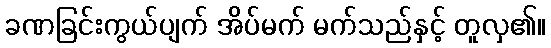
ခဏခြင်းကွယ်ပျက် အိပ်မက် မက်သည်နှင့် တူလှ၏။